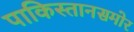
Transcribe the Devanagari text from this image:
पाकिस्तानसमोर